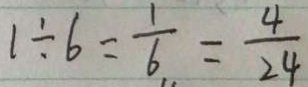
1 \div 6 = \frac { 1 } { 6 } = \frac { 4 } { 2 4 }